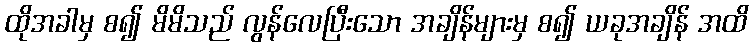
ထိုအခါမှ စ၍ မိမိသည် လွန်လေပြီးသော အချိန်များမှ စ၍ ယခုအချိန် အထိ